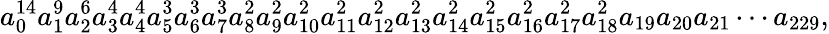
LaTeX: a_{0}^{14}a_{1}^{9}a_{2}^{6}a_{3}^{4}a_{4}^{4}a_{5}^{3}a_{6}^{3}a_{7}^{3}a_{8}^{2}a_{9}^{2}a_{10}^{2}a_{11}^{2}a_{12}^{2}a_{13}^{2}a_{14}^{2}a_{15}^{2}a_{16}^{2}a_{17}^{2}a_{18}^{2}a_{19}a_{20}a_{21}\cdots a_{229},